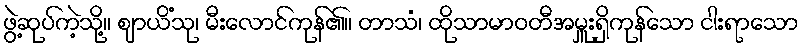
ဖွဲ့ဆုပ်ကဲ့သို့။ ဈာယိံသု၊ မီးလောင်ကုန်၏။ တာသံ၊ ထိုသာမာဝတီအမှူးရှိကုန်သော ငါးရာသော